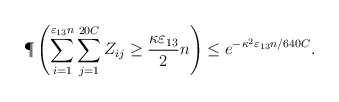
\begin{align*}\P\left(\sum_{i=1}^{\varepsilon_{13}n}\sum_{j=1}^{20C} Z_{ij} \geq \frac{\kappa\varepsilon_{13}}{2}n\right) \leq e^{-\kappa^2\varepsilon_{13}n/640C}.\end{align*}